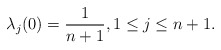
\begin{align*}\lambda_j(0)=\frac{1}{n+1}, 1\leq j\leq n+1. \end{align*}